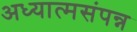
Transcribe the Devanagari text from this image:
अध्यात्मसंपन्न